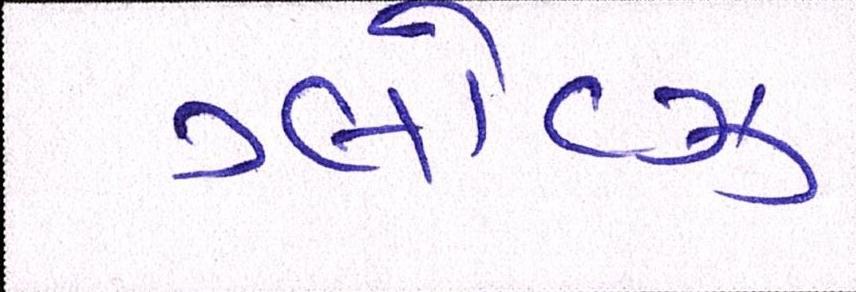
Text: ગ્લૉવ્ઝ